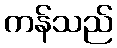
ကန်သည်